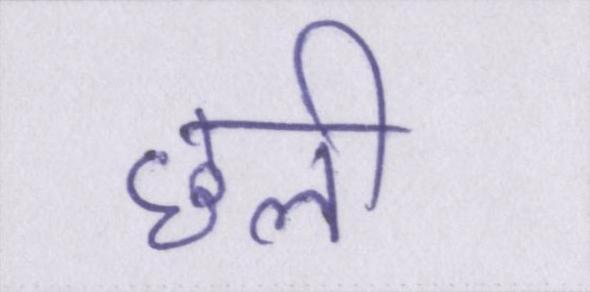
छली